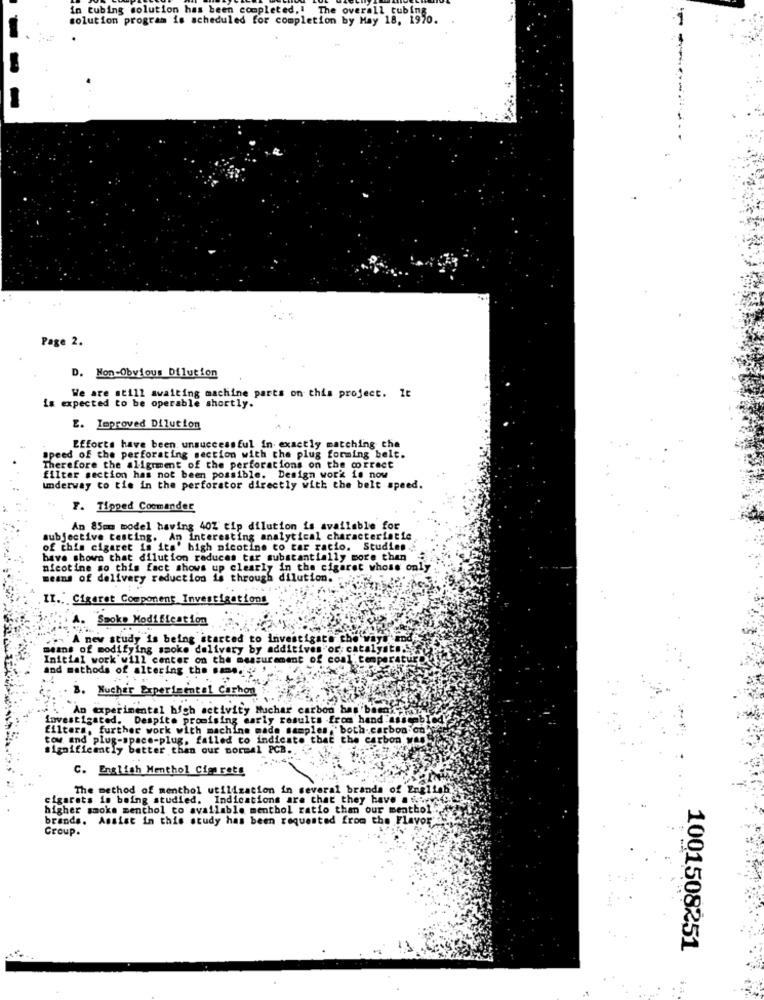
in tubing solution has been completed .!
solution program is scheduled for completion by May 18, 1970.
The overall tubing
Page 2.
D. Non-Obvious Dilution
We are still awaiting machine parts on this project. It
is expected to be operable shortly.
E. Improved Dilution
Efforts have been unsuccessful in exactly matching che
speed of the perforating section with the plug forming belt.
Therefore the aligrment of the perforations on the correct
filter section has not been possible. Design work is now
Imderway to tie in the perforator directly with the belt speed.
F. Tipped Commander
An 85em model having 40Z tip dilution is available for
subjective testing. An interesting analytical characteristic
of this cigaret is its' high nicotine to tar racio. Studien
have shown that dilution reduces tar substantially more than
nicotine so this fact shows up clearly in the cigaret whose only
means of delivery reduction is through dilution. .
II." Cigaret Component Investigations
A. "Smoke Modification
A new study is being started to investigate.
means of modifying smoke delivery by additives"or.
Initial work will center on the measurement of coal'
and methods of altering the same.
3. Nucher Experimental Carhon
An experimental high activity Muchar carbon has been
investigated. Despite promising early results from hand setabiddy
filters, further work with machine made samples,"both.carbon on
tow and plug-space-plug, failed to indicate that the carbon we
significantly better than our normal PCB.
C. English Menthol Cim rets
The method of menthol utilization in several brands of English
cigarets is being studied. Indications are that they have ....
higher smoke menthol to available menthol ratio than our menthol
brands. Assist in this study has been requested from the Flavor
Group.
1001508251